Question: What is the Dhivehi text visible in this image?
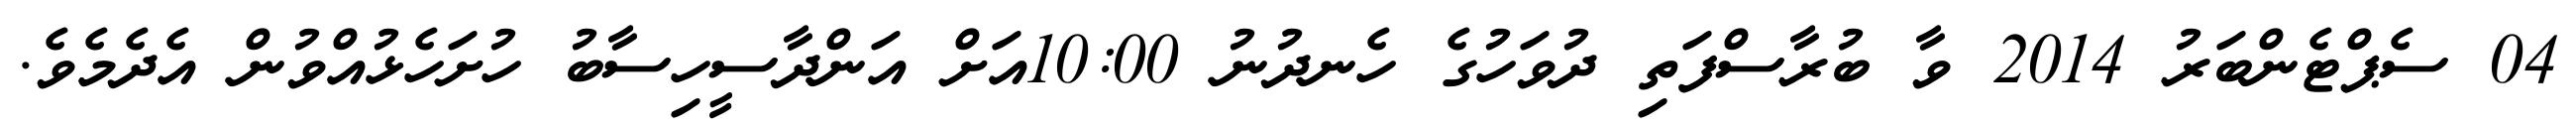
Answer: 04 ސެޕްޓެންބަރު 2014 ވާ ބުރާސްފަތި ދުވަހުގެ ހެނދުނު 10:00އަށް އަންދާސީހިސާބު ހުށަހެޅުއްވުން އެދެމެވެ.